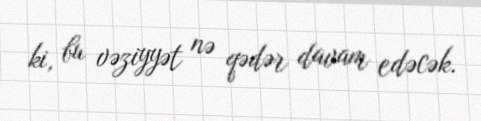
ki, bu vəziyyət nə qədər davam edəcək.